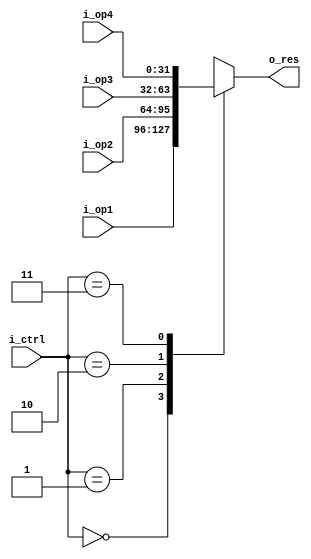
module mux4in1 (i_op1, i_op2, i_op3, i_op4, i_ctrl, o_res);

  input wire [31:0] i_op1, i_op2, i_op3, i_op4;
  input wire [ 1:0] i_ctrl;
  
  output reg [31:0] o_res;
  
  
  always @(*)
    begin
      case (i_ctrl)
        2'b00: o_res <= i_op1;
        2'b01: o_res <= i_op2;
        2'b10: o_res <= i_op3;
        2'b11: o_res <= i_op4;
    endcase
  end
  
endmodule